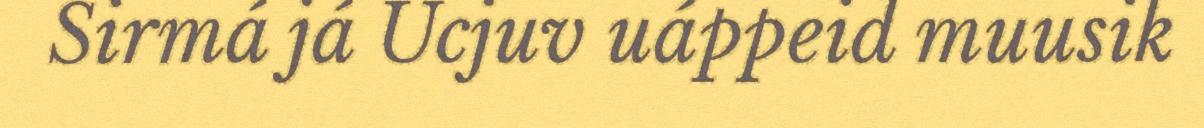
Sirmá já Ucjuv uáppeid muusik